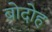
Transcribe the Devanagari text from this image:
बोदोह